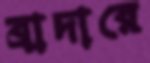
ব্রাদারে